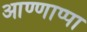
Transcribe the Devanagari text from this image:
आण्णाप्पा